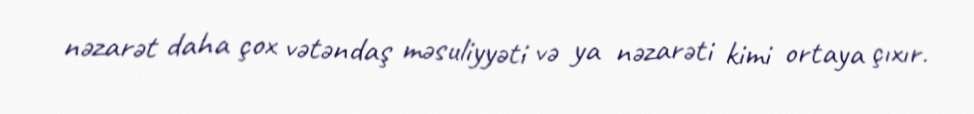
nəzarət daha çox vətəndaş məsuliyyəti və ya nəzarəti kimi ortaya çıxır.